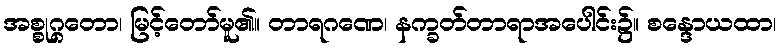
အစ္စုဂ္ဂတော၊ မြင့်တော်မူ၏။ တာရဂဏေ၊ နက္ခတ်တာရာအပေါင်း၌။ စန္ဒောယထာ၊